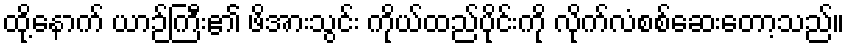
ထို့နောက် ယာဉ်ကြီး၏ ဖိအားသွင်း ကိုယ်ထည်ပိုင်းကို လိုက်လံစစ်ဆေးတော့သည်။